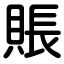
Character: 賬